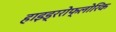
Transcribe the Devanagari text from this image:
हाइड्ररोफ्लोरिक